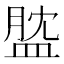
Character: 𥁺